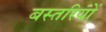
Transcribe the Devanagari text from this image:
बस्तरियों